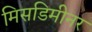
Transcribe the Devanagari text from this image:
मिसडिमीनर